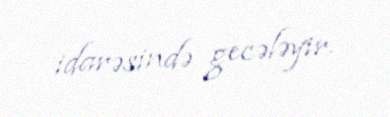
idarəsində gecələyir.